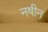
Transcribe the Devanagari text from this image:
नषीन